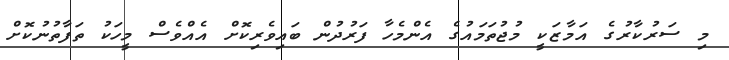
މި ސަރުކާރުގެ އަމާޒަކީ މުޖުތަމައުގެ އެންމެހާ ފަރުދުން ބައިވެރިކޮށް އެއްވެސް މީހަކު ތަފާތުނުކޮށް